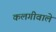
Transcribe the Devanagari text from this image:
कलगीवाले